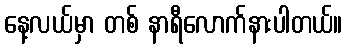
နေ့လယ်မှာ တစ် နာရီလောက်နားပါတယ်။